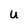
Character: u